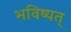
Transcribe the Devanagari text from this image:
भविष्यत्‌